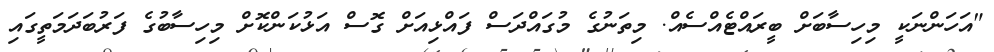
"އަހަންނަކީ މިހިސާބަށް ބީރައްޓެއްސެއް. މިތަނުގެ މުގައްދަސް ފައްޅިއަށް ގޮސް އަޅުކަންކޮށް މިހިސާބުގެ ފަރުބަދަމަތީގައި